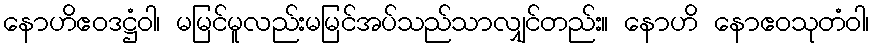
နောဟိဧဝဒဋ္ဌံဝါ၊ မမြင်မူလည်းမမြင်အပ်သည်သာလျှင်တည်း။ နောဟိ နောဧဝသုတံဝါ၊